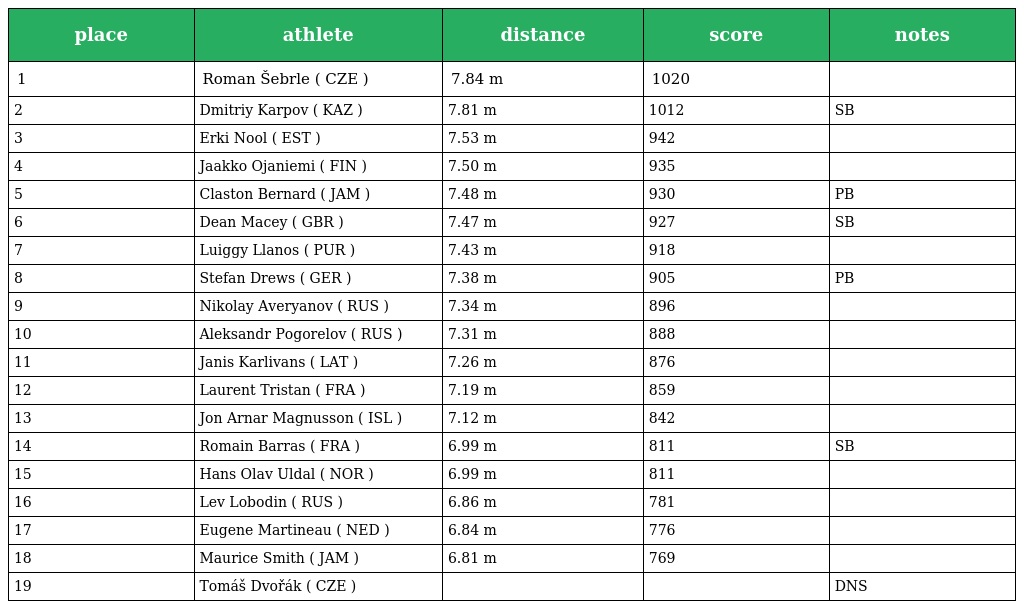
| place | athlete | distance | score | notes |
 | --- | --- | --- | --- | --- |
 | 1 | Roman Šebrle ( CZE ) | 7.84 m | 1020 |  |
 | 2 | Dmitriy Karpov ( KAZ ) | 7.81 m | 1012 | SB |
 | 3 | Erki Nool ( EST ) | 7.53 m | 942 |  |
 | 4 | Jaakko Ojaniemi ( FIN ) | 7.50 m | 935 |  |
 | 5 | Claston Bernard ( JAM ) | 7.48 m | 930 | PB |
 | 6 | Dean Macey ( GBR ) | 7.47 m | 927 | SB |
 | 7 | Luiggy Llanos ( PUR ) | 7.43 m | 918 |  |
 | 8 | Stefan Drews ( GER ) | 7.38 m | 905 | PB |
 | 9 | Nikolay Averyanov ( RUS ) | 7.34 m | 896 |  |
 | 10 | Aleksandr Pogorelov ( RUS ) | 7.31 m | 888 |  |
 | 11 | Janis Karlivans ( LAT ) | 7.26 m | 876 |  |
 | 12 | Laurent Tristan ( FRA ) | 7.19 m | 859 |  |
 | 13 | Jon Arnar Magnusson ( ISL ) | 7.12 m | 842 |  |
 | 14 | Romain Barras ( FRA ) | 6.99 m | 811 | SB |
 | 15 | Hans Olav Uldal ( NOR ) | 6.99 m | 811 |  |
 | 16 | Lev Lobodin ( RUS ) | 6.86 m | 781 |  |
 | 17 | Eugene Martineau ( NED ) | 6.84 m | 776 |  |
 | 18 | Maurice Smith ( JAM ) | 6.81 m | 769 |  |
 | 19 | Tomáš Dvořák ( CZE ) |  |  | DNS |